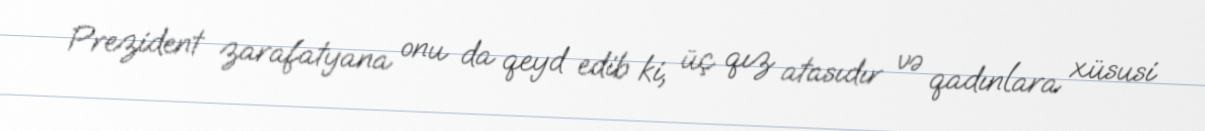
Prezident zarafatyana onu da qeyd edib ki, üç qız atasıdır və qadınlara xüsusi